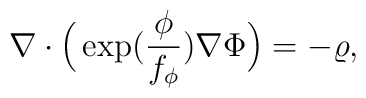
\nabla\cdot\Big(\exp(\frac{\phi}{f_\phi})\nabla\Phi\Big)=-\varrho,